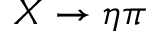
X \rightarrow \eta \pi